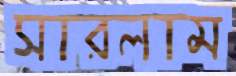
সারলাম